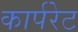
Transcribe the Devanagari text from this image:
कार्परेट